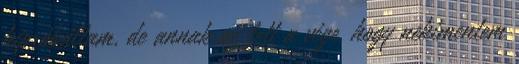
kipróbáltam, de annak az lett a vége, hogy nekimentem